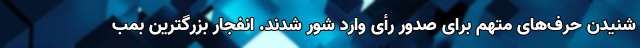
شنیدن حرف‌های متهم برای صدور رأی وارد شور شدند. انفجار بزرگترین بمب